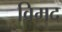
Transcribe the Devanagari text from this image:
विमद